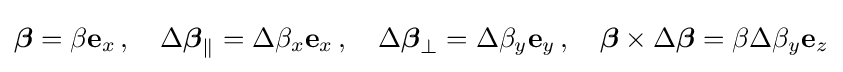
{\boldsymbol {\beta }}=\beta \mathbf {e} _{x}\,,\quad \Delta {\boldsymbol {\beta }}_{\parallel }=\Delta \beta _{x}\mathbf {e} _{x}\,,\quad \Delta {\boldsymbol {\beta }}_{\perp }=\Delta \beta _{y}\mathbf {e} _{y}\,,\quad {\boldsymbol {\beta }}\times \Delta {\boldsymbol {\beta }}=\beta \Delta \beta _{y}\mathbf {e} _{z}